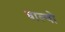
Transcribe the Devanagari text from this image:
बाल्बो